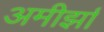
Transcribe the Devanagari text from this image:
अमीर्झा